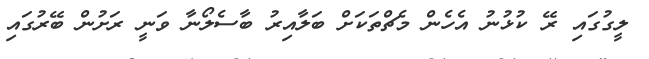
ލީގުގައި ރޭ ކުޅުނު އެހެން މެޗްތަކަށް ބަލާއިރު ބާސެލޯނާ ވަނީ ރަށުން ބޭރުގައި